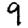
Digit: 9